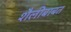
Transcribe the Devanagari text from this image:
शैलीबाबत